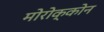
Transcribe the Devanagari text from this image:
मोरोक्कोन